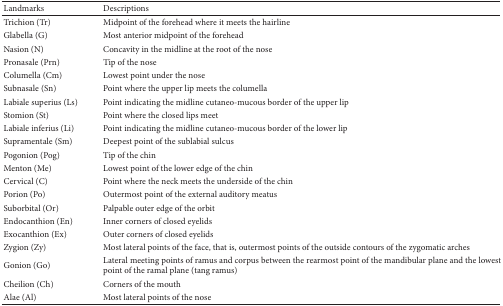
<table><thead><tr><td><b>Landmarks</b></td><td><b>Descriptions</b></td></tr></thead><tbody><tr><td>Trichion (Tr)</td><td>Midpoint of the forehead where it meets the hairline</td></tr><tr><td>Glabella (G)</td><td>Most anterior midpoint of the forehead</td></tr><tr><td>Nasion (N)</td><td>Concavity in the midline at the root of the nose</td></tr><tr><td>Pronasale (Prn)</td><td>Tip of the nose</td></tr><tr><td>Columella (Cm)</td><td>Lowest point under the nose</td></tr><tr><td>Subnasale (Sn)</td><td>Point where the upper lip meets the columella</td></tr><tr><td>Labiale superius (Ls)</td><td>Point indicating the midline cutaneo-mucous border of the upper lip</td></tr><tr><td>Stomion (St)</td><td>Point where the closed lips meet</td></tr><tr><td>Labiale inferius (Li)</td><td>Point indicating the midline cutaneo-mucous border of the lower lip</td></tr><tr><td>Supramentale (Sm)</td><td>Deepest point of the sublabial sulcus</td></tr><tr><td>Pogonion (Pog)</td><td>Tip of the chin </td></tr><tr><td>Menton (Me)</td><td>Lowest point of the lower edge of the chin</td></tr><tr><td>Cervical (C)</td><td>Point where the neck meets the underside of the chin</td></tr><tr><td>Porion (Po) </td><td>Outermost point of the external auditory meatus</td></tr><tr><td>Suborbital (Or)</td><td>Palpable outer edge of the orbit</td></tr><tr><td>Endocanthion (En)</td><td>Inner corners of closed eyelids</td></tr><tr><td>Exocanthion (Ex)</td><td>Outer corners of closed eyelids</td></tr><tr><td>Zygion (Zy)</td><td>Most lateral points of the face, that is, outermost points of the outside contours of the zygomatic arches</td></tr><tr><td>Gonion (Go) </td><td>Lateral meeting points of ramus and corpus between the rearmost point of the mandibular plane and the lowest point of the ramal plane (tang ramus)</td></tr><tr><td>Cheilion (Ch) </td><td>Corners of the mouth</td></tr><tr><td>Alae (Al)</td><td>Most lateral points of the nose</td></tr></tbody></table>